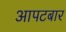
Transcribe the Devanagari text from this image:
आपटबार